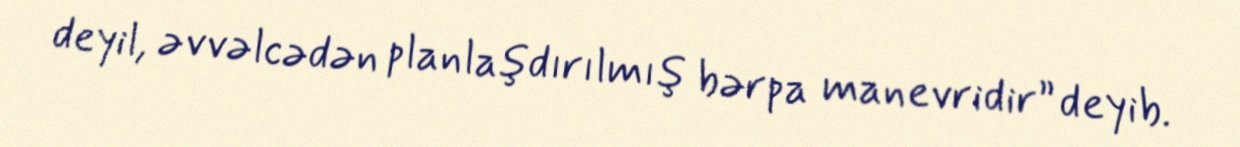
deyil, əvvəlcədən planlaşdırılmış bərpa manevridir” deyib.